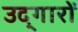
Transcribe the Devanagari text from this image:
उद्‌गारों